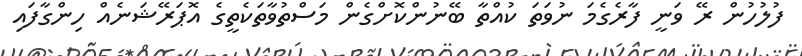
ފުލުހުން ރޭ ވަނީ ފާރެގެމަ ނުވަތަ ކުއްތާ ބޭނުންކޮށްގެން މަސްތުވާތަކެތީގެ އޮޕަރޭޝަނެއް ހިންގާފައި